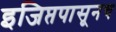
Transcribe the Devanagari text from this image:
इजिप्तपासूनच